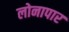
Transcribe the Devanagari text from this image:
लोनापार